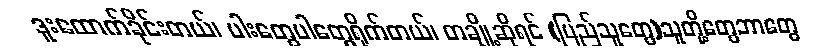
ဒူးထောက်ခိုင်းတယ်၊ ပါးတွေပါတွေရိုက်တယ်၊ တချို့ဆိုရင် (ပြည်သူတွေ)သူတို့တွေဘာတွေ